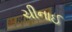
ચીનાઈ